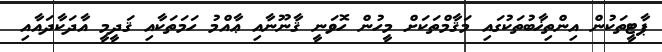
ޕާޓީތަކުން އިންތިޚާބުތަކުގައި މަޤާމްތަކަށް މީހުން ހޮވަނީ ޤާނޫނާއި ޢާއްމު ހަމަތަކާއި ޤަދީމީ އާދަކާދައާއި